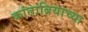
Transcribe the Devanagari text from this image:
कांताब्रियाच्या